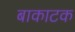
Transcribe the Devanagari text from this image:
बाकाटक